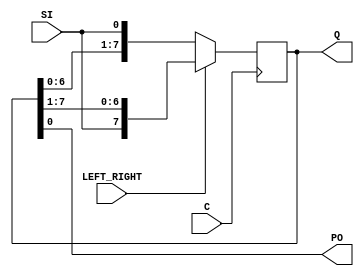
`timescale 1ns / 1ps
//////////////////////////////////////////////////////////////////////////////////
// Company: 
// Engineer: 
// 
// Design Name: 
// Module Name:    lab105 
// Project Name: 
// Target Devices: 
// Tool versions: 
// Description: 
//
// Dependencies: 
//
// Revision: 
// Revision 0.01 - File Created
// Additional Comments: 
//
//////////////////////////////////////////////////////////////////////////////////
module lab105(input C,SI,LEFT_RIGHT,
output PO,
output reg [7:0] Q);

always @(posedge C)
begin
if (LEFT_RIGHT==1'b0)
Q <= {Q[6:0], SI};
else
Q <= {SI, Q[7:1]};
end
assign PO = Q;
endmodule